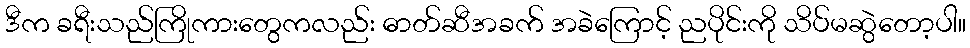
ဒီက ခရီးသည်ကြိုကားတွေကလည်း ဓာတ်ဆီအခက် အခဲကြောင့် ညပိုင်းကို သိပ်မဆွဲတော့ပါ။